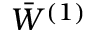
\bar { W } ^ { ( 1 ) }